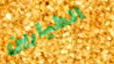
الطيارين